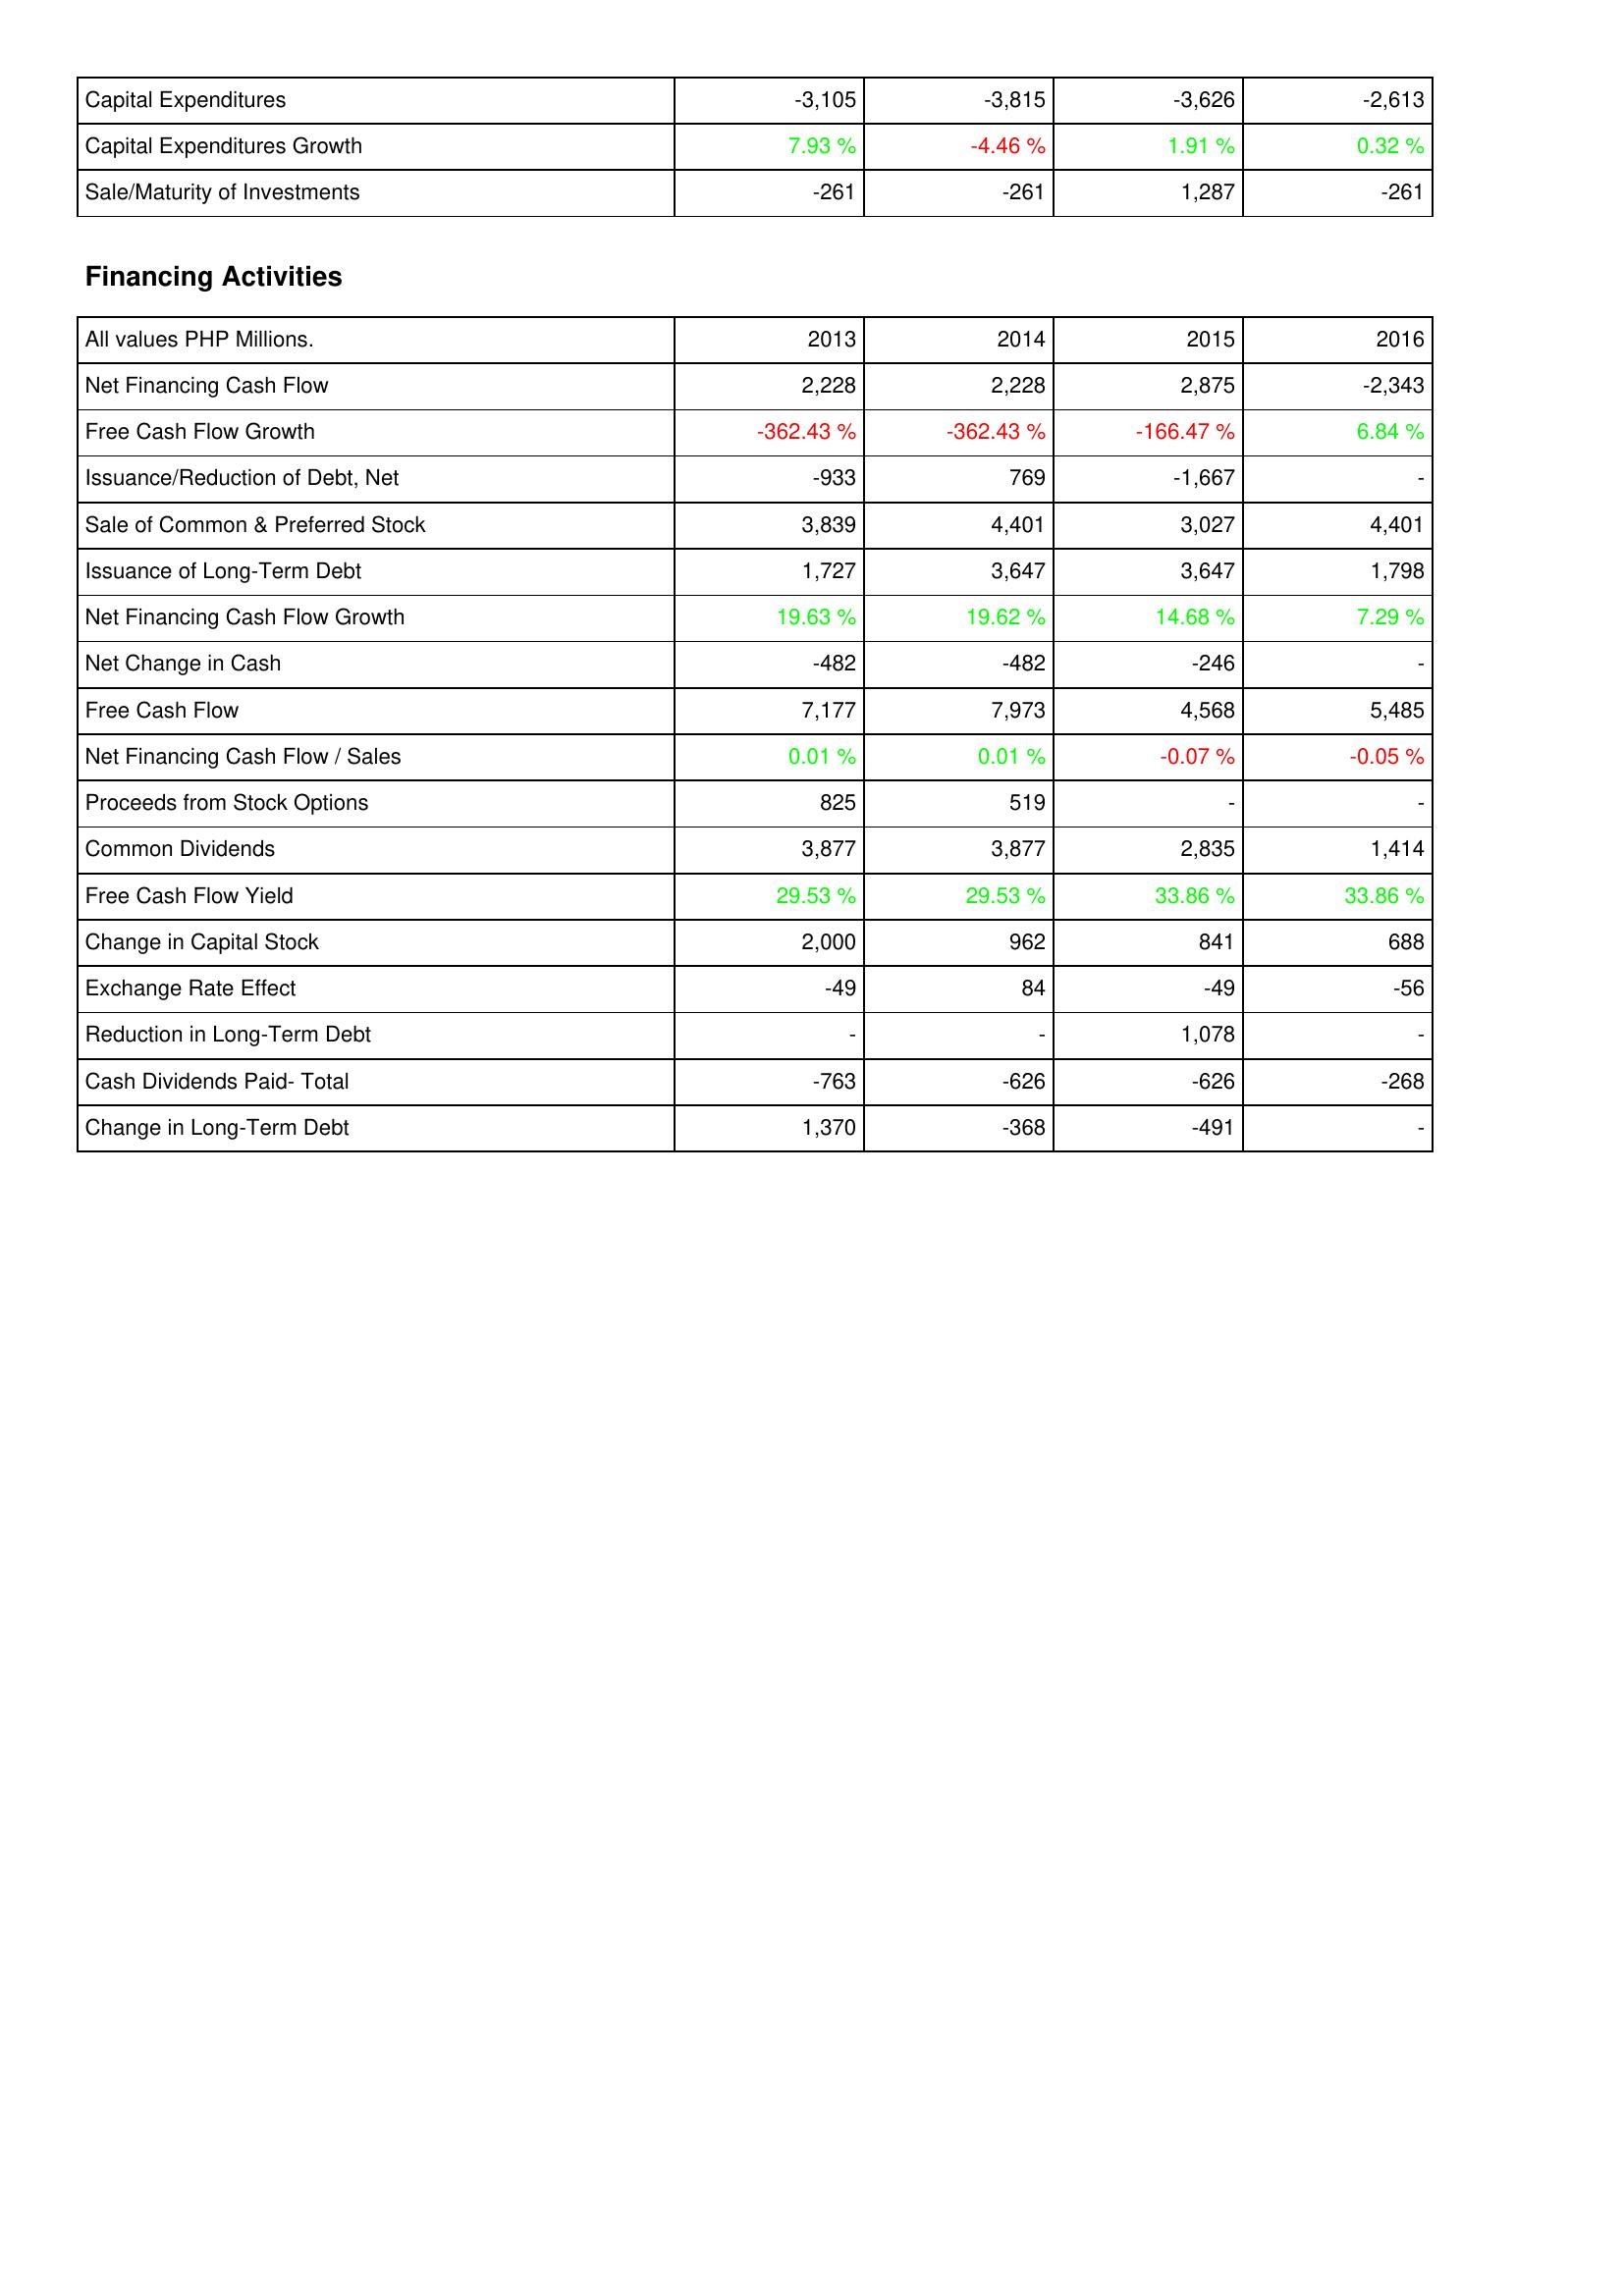
2013: Investing Activities: Capital Expenditures: -3,105
Capital Expenditures Growth: 7.93 %
Sale/Maturity of Investments: -261
Financing Activities: Net Financing Cash Flow: 2,228
Free Cash Flow Growth: -362.43 %
Issuance/Reduction of Debt, Net: -933
Sale of Common & Preferred Stock: 3,839
Issuance of Long-Term Debt: 1,727
Net Financing Cash Flow Growth: 19.63 %
Net Change in Cash: -482
Free Cash Flow: 7,177
Net Financing Cash Flow / Sales: 0.01 %
Proceeds from Stock Options: 825
Common Dividends: 3,877
Free Cash Flow Yield: 29.53 %
Change in Capital Stock: 2,000
Exchange Rate Effect: -49
Reduction in Long-Term Debt: -
Cash Dividends Paid- Total: -763
Change in Long-Term Debt: 1,370
2014: Investing Activities: Capital Expenditures: -3,815
Capital Expenditures Growth: -4.46 %
Sale/Maturity of Investments: -261
Financing Activities: Net Financing Cash Flow: 2,228
Free Cash Flow Growth: -362.43 %
Issuance/Reduction of Debt, Net: 769
Sale of Common & Preferred Stock: 4,401
Issuance of Long-Term Debt: 3,647
Net Financing Cash Flow Growth: 19.62 %
Net Change in Cash: -482
Free Cash Flow: 7,973
Net Financing Cash Flow / Sales: 0.01 %
Proceeds from Stock Options: 519
Common Dividends: 3,877
Free Cash Flow Yield: 29.53 %
Change in Capital Stock: 962
Exchange Rate Effect: 84
Reduction in Long-Term Debt: -
Cash Dividends Paid- Total: -626
Change in Long-Term Debt: -368
2015: Investing Activities: Capital Expenditures: -3,626
Capital Expenditures Growth: 1.91 %
Sale/Maturity of Investments: 1,287
Financing Activities: Net Financing Cash Flow: 2,875
Free Cash Flow Growth: -166.47 %
Issuance/Reduction of Debt, Net: -1,667
Sale of Common & Preferred Stock: 3,027
Issuance of Long-Term Debt: 3,647
Net Financing Cash Flow Growth: 14.68 %
Net Change in Cash: -246
Free Cash Flow: 4,568
Net Financing Cash Flow / Sales: -0.07 %
Proceeds from Stock Options: -
Common Dividends: 2,835
Free Cash Flow Yield: 33.86 %
Change in Capital Stock: 841
Exchange Rate Effect: -49
Reduction in Long-Term Debt: 1,078
Cash Dividends Paid- Total: -626
Change in Long-Term Debt: -491
2016: Investing Activities: Capital Expenditures: -2,613
Capital Expenditures Growth: 0.32 %
Sale/Maturity of Investments: -261
Financing Activities: Net Financing Cash Flow: -2,343
Free Cash Flow Growth: 6.84 %
Issuance/Reduction of Debt, Net: -
Sale of Common & Preferred Stock: 4,401
Issuance of Long-Term Debt: 1,798
Net Financing Cash Flow Growth: 7.29 %
Net Change in Cash: -
Free Cash Flow: 5,485
Net Financing Cash Flow / Sales: -0.05 %
Proceeds from Stock Options: -
Common Dividends: 1,414
Free Cash Flow Yield: 33.86 %
Change in Capital Stock: 688
Exchange Rate Effect: -56
Reduction in Long-Term Debt: -
Cash Dividends Paid- Total: -268
Change in Long-Term Debt: -